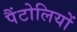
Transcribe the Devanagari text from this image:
पैंटोलियों